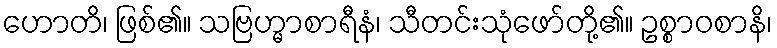
ဟောတိ၊ ဖြစ်၏။ သဗြဟ္မာစာရီနံ၊ သီတင်းသုံဖော်တို့၏။ ဥစ္စာဝစာနိ၊